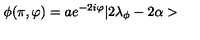
\phi ( \pi , \varphi ) = a e ^ { - 2 i \varphi } | 2 \lambda _ { \phi } - 2 \alpha >